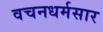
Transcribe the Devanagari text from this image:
वचनधर्मसार